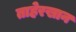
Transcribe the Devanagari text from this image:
ताहेरखान